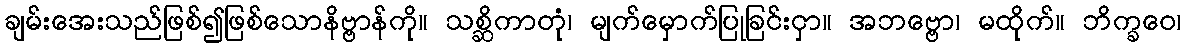
ချမ်းအေးသည်ဖြစ်၍ဖြစ်သောနိဗ္ဗာန်ကို။ သစ္ဆိကာတုံ၊ မျက်မှောက်ပြုခြင်းငှာ။ အဘဗ္ဗော၊ မထိုက်။ ဘိက္ခဝေ၊